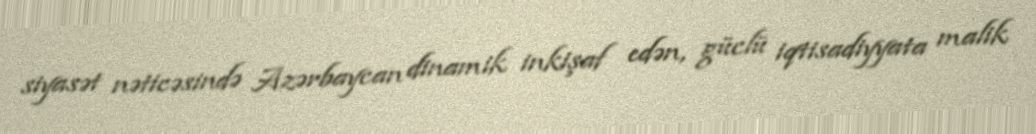
siyasət nəticəsində Azərbaycan dinamik inkişaf edən, güclü iqtisadiyyata malik